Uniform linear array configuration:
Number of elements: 48
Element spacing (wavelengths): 0.5
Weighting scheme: cosine
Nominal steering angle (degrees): -60
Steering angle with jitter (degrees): -58.808
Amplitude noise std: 0.05
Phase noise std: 0.05

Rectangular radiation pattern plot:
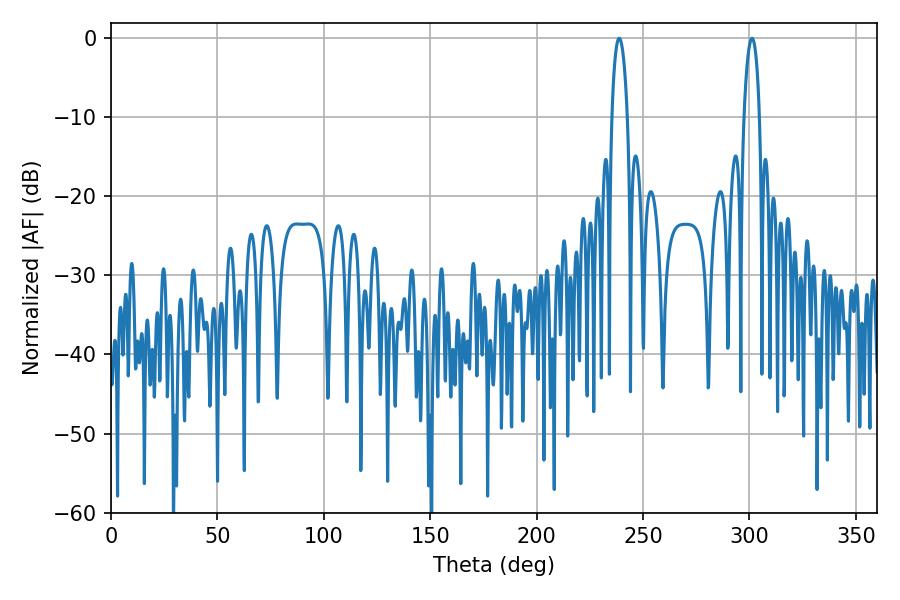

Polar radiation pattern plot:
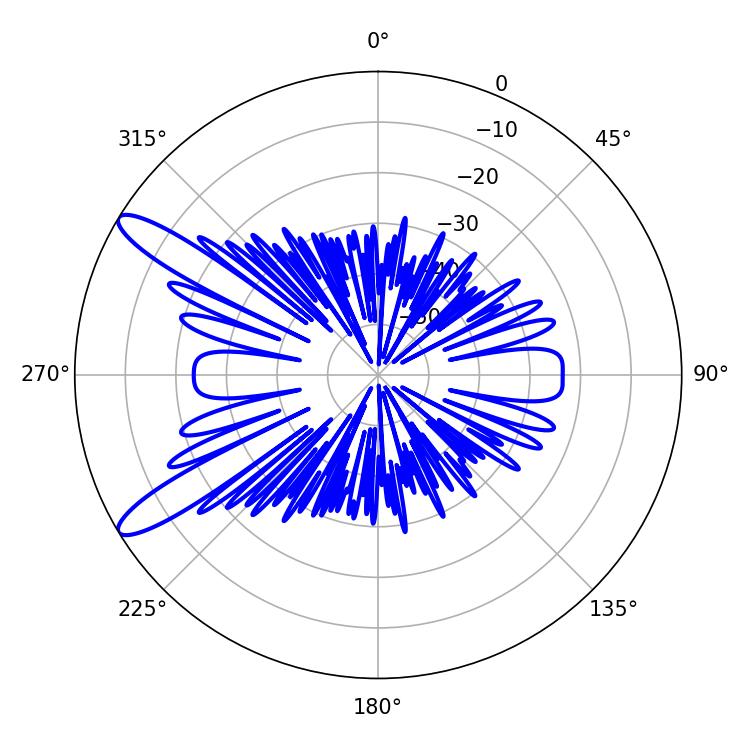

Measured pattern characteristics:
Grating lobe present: FALSE
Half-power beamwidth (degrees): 3.96
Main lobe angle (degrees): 238.86